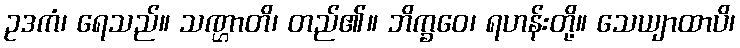
ဥဒကံ၊ ရေသည်။ သဏ္ဌာတိ၊ တည်၏။ ဘိက္ခဝေ၊ ရဟန်းတို့။ သေယျာထာပိ၊